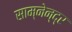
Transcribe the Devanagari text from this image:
साम्नेन्द्र